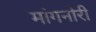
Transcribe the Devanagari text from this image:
मांगनोरी